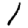
Digit: 1